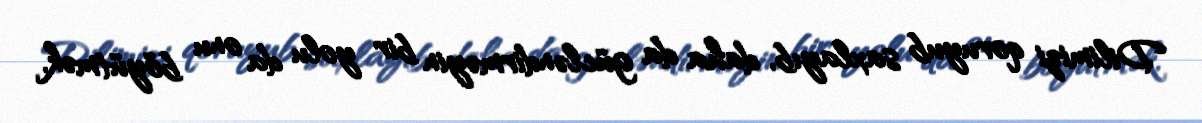
Dilimizi qoruyub saxlayıb, daha da gücləndirməyin bir yolu da onu böyütmək,